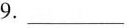
9.___